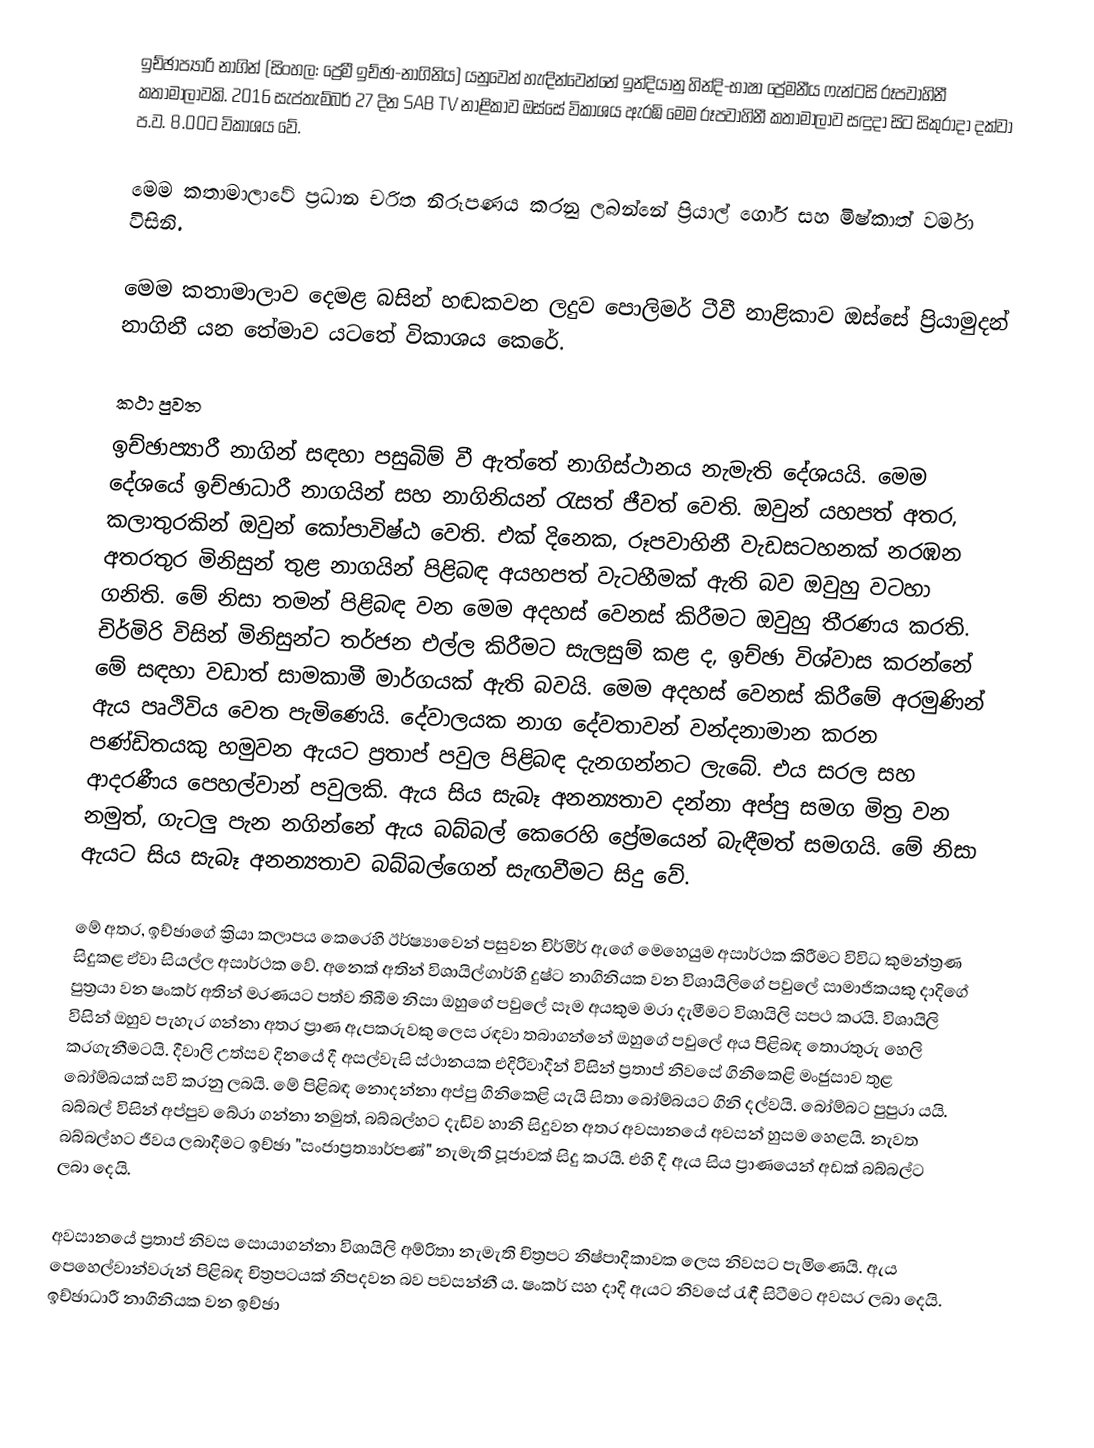
ඉච්ඡාප්‍යාරි නාගින් (සිංහල: ප්‍රේමී ඉච්ඡා-නාගිනිය) යනුවෙන් හැඳින්වෙන්නේ ඉන්දියානු හින්දි-භාෂා ප්‍රේමනීය ෆැන්ටසි රූපවාහිනී කතාමාලාවකි. 2016 සැප්තැම්බර් 27 දින SAB TV නාළිකාව ඔස්සේ විකාශය ඇරඹි මෙම රූපවාහිනී කතාමාලාව සඳුදා සිට සිකුරාදා දක්වා ප.ව. 8.00ට විකාශය වේ.

මෙම කතාමාලාවේ ප්‍රධාන චරිත නිරූපණය කරනු ලබන්නේ ප්‍රියාල් ගෝර් සහ මිෂ්කාත් වර්මා විසිනි.

මෙම කතාමාලාව දෙමළ බසින් හඬකවන ලදුව පොලිමර් ටීවී නාළිකාව ඔස්සේ ප්‍රියාමුදන් නාගිනී යන තේමාව යටතේ විකාශය කෙරේ.

කථා පුවත
ඉච්ඡාප්‍යාරී නාගින් සඳහා පසුබිම් වී ඇත්තේ නාගිස්ථානය නැමැති දේශයයි. මෙම දේශයේ ඉච්ඡාධාරී නාගයින් සහ නාගිනියන් රැසත් ජීවත් වෙති. ඔවුන් යහපත් අතර, කලාතුරකින් ඔවුන් කෝපාවිෂ්ඨ වෙති. එක් දිනෙක, රූපවාහිනී වැඩසටහනක් නරඹන අතරතුර මිනිසුන් තුළ නාගයින් පිළිබඳ අයහපත් වැටහීමක් ඇති බව ඔවුහු වටහා ගනිති. මේ නිසා තමන් පිළිබඳ වන මෙම අදහස් වෙනස් කිරීමට ඔවුහු තීරණය කරති. චිර්මිරි විසින් මිනිසුන්ට තර්ජන එල්ල කිරීමට සැලසුම් කළ ද, ඉච්ඡා විශ්වාස කරන්නේ මේ සඳහා වඩාත් සාමකාමී මාර්ගයක් ඇති බවයි. මෙම අදහස් වෙනස් කිරීමේ අරමුණින් ඇය පෘථිවිය වෙත පැමිණෙයි. දේවාලයක නාග දේවතාවන් වන්දනාමාන කරන පණ්ඩිතයකු හමුවන ඇයට ප්‍රතාප් පවුල පිළිබඳ දැනගන්නට ලැබේ. එය සරල සහ ආදරණීය පෙහල්වාන් පවුලකි. ඇය සිය සැබෑ අනන්‍යතාව දන්නා අප්පු සමග මිත්‍ර වන නමුත්, ගැටලු පැන නගින්නේ ඇය බබ්බල් කෙරෙහි ප්‍රේමයෙන් බැඳීමත් සමගයි. මේ නිසා ඇයට සිය සැබෑ අනන්‍යතාව බබ්බල්ගෙන් සැඟවීමට සිදු වේ.

මේ අතර, ඉච්ඡාගේ ක්‍රියා කලාපය කෙරෙහි ඊර්ෂ්‍යාවෙන් පසුවන චිර්මිර් ඇගේ මෙහෙයුම අසාර්ථක කිරීමට විවිධ කුමන්ත්‍රණ සිදුකළ ඒවා සියල්ල අසාර්ථක වේ. අනෙක් අතින් විශායිල්ගාර්හි දුෂ්ට නාගිනියක වන විශායිලිගේ පවුලේ සාමාජිකයකු දාදිගේ පුත්‍රයා වන ෂංකර් අතින් මරණයට පත්ව තිබීම නිසා ඔහුගේ පවුලේ සෑම අයකුම මරා දැමීමට විශායිලි සපථ කරයි. විශායිලි විසින් ඔහුව පැහැර ගන්නා අතර ප්‍රාණ ඇපකරුවකු ලෙස රඳවා තබාගන්නේ ඔහුගේ පවුලේ අය පිළිබඳ තොරතුරු හෙලි කරගැනීමටයි. දීවාලි උත්සව දිනයේ දී අසල්වැසි ස්ථානයක එදිරිවාදීන් විසින් ප්‍රතාප් නිවසේ ගිනිකෙළි මංජුසාව තුළ බෝම්බයක් සවි කරනු ලබයි. මේ පිළිබඳ නොදන්නා අප්පු ගිනිකෙළි යැයි සිතා බෝම්බයට ගිනි දල්වයි. බෝම්බට පුපුරා යයි. බබ්බල් විසින් අප්පුව බේරා ගන්නා නමුත්, බබ්බල්හට දැඩිව හානි සිදුවන අතර අවසානයේ අවසන් හුසම හෙළයි. නැවත බබ්බල්හට ජීවය ලබාදීමට ඉච්ඡා "සංජාප්‍රත්‍යාර්පණ්" නැමැති පූජාවක් සිදු කරයි. එහි දී ඇය සිය ප්‍රාණයෙන් අඩක් බබ්බල්ට ලබා දෙයි.

අවසානයේ ප්‍රතාප් නිවස සොයාගන්නා විශායිලි අම්රිතා නැමැති චිත්‍රපට නිෂ්පාදිකාවක ලෙස නිවසට පැමිණෙයි. ඇය පෙහෙල්වාන්වරුන් පිළිබඳ චිත්‍රපටයක් නිපදවන බව පවසන්නී ය. ෂංකර් සහ දාදි ඇයට නිවසේ රැඳී සිටීමට අවසර ලබා දෙයි. ඉච්ඡාධාරී නාගිනියක වන ඉච්ඡා